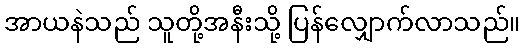
အာယနဲသည် သူတို့အနီးသို့ ပြန်လျှောက်လာသည်။